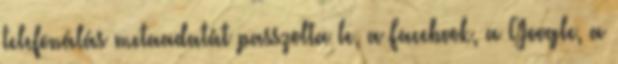
telefonálás metaadatát passzolta le, a Facebook, a Google, a